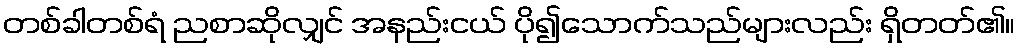
တစ်ခါတစ်ရံ ညစာဆိုလျှင် အနည်းငယ် ပို၍သောက်သည်များလည်း ရှိတတ်၏။